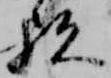
歟